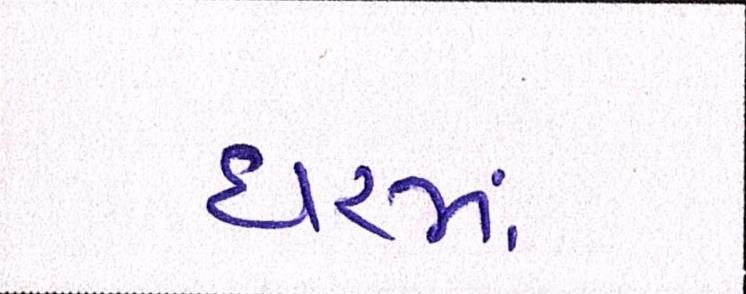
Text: ધરમાં